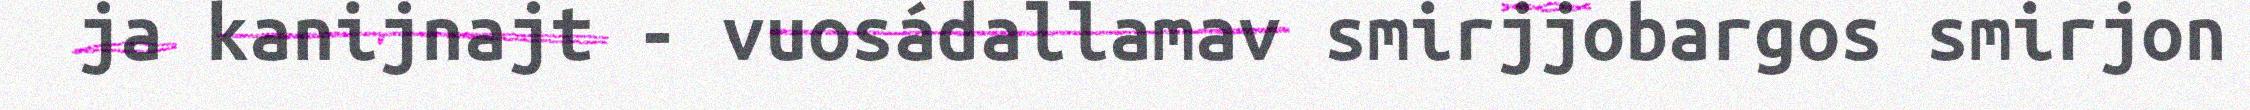
ja kanijnajt - vuosádallamav smirjjobargos smirjon